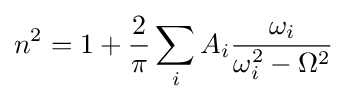
n^{2}=1+{\frac {2}{\pi }}\sum _{i}A_{i}{\frac {\omega _{i}}{\omega _{i}^{2}-\Omega ^{2}}}